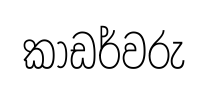
කාඩර්වරු